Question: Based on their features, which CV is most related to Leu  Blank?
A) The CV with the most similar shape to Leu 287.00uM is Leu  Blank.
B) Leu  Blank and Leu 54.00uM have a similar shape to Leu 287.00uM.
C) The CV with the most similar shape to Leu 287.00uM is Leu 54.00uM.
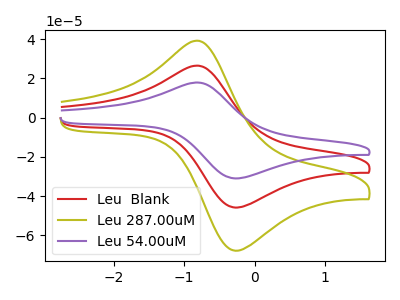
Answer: <think>The red curve "Leu  Blank" has an anodic peak at (-0.80V, 26.55uA) and a cathodic peak at (-0.30V, -45.90uA). The olive curve "Leu 287.00uM" has an anodic peak at (-0.80V, 39.25uA) and a cathodic peak at (-0.30V, -67.90uA). The purple curve "Leu 54.00uM" has an anodic peak at (-0.80V, 53.05uA) and a cathodic peak at (-0.30V, -91.75uA).
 All the peaks in "Leu  Blank" have a peak in "Leu 287.00uM" at the same potential. Every peak in "Leu  Blank" is lower than every peak in "Leu 287.00uM". All the peaks in "Leu  Blank" have a peak in "Leu 54.00uM" at the same potential. Every peak in "Leu  Blank" is lower than every peak in "Leu 54.00uM". All the peaks in "Leu 287.00uM" have a peak in "Leu 54.00uM" at the same potential. Every peak in "Leu 287.00uM" is lower than every peak in "Leu 54.00uM".</think>
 <answer>B) "Leu  Blank" and "Leu 54.00uM" have a similar shape to "Leu 287.00uM".</answer>
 <eval>B</eval>